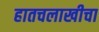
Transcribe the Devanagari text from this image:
हातचलाखीचा